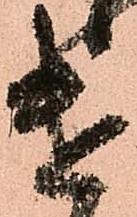
遣